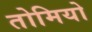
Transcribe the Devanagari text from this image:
तोमियो